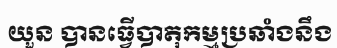
យួន បានធ្វើបាតុកម្មប្រឆាំងនឹង